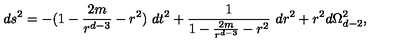
d s ^ { 2 } = - ( 1 - \frac { 2 m } { r ^ { d - 3 } } - r ^ { 2 } ) \ d t ^ { 2 } + \frac { 1 } { 1 - \frac { 2 m } { r ^ { d - 3 } } - r ^ { 2 } } \ d r ^ { 2 } + r ^ { 2 } d \Omega _ { d - 2 } ^ { 2 } ,